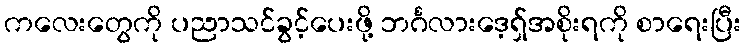
ကလေးတွေကို ပညာသင်ခွင့်ပေးဖို့ ဘင်္ဂလားဒေ့ရှ်အစိုးရကို စာရေးပြီး